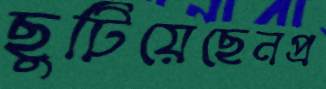
ছুটিয়েছেনপ্র